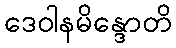
ဒေဝါနမိန္ဒောတိ